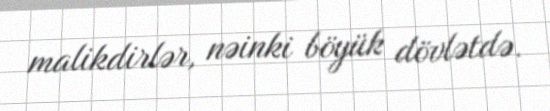
malikdirlər, nəinki böyük dövlətdə.